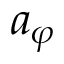
a _ { \varphi }